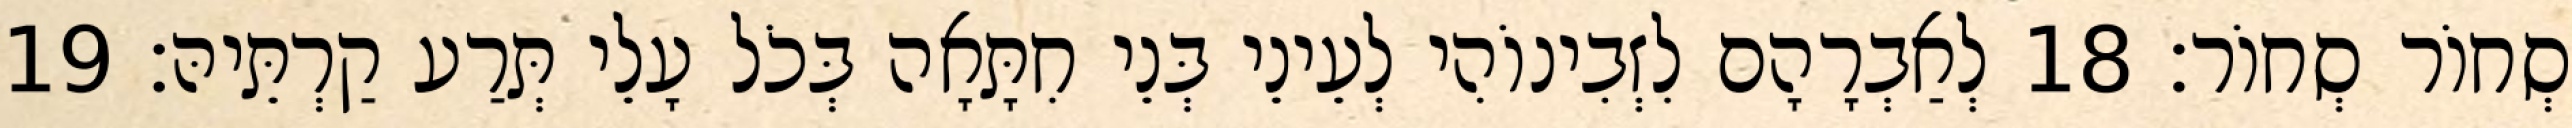
סְחוֹר סְחוֹר׃ 18 לְאַבְרָהָם לִזְבִינוֹהִי לְעֵינֵי בְּנֵי חִתָּאָה בְּכֹל עָלֵי תְּרַע קַרְתֵּיהּ׃ 19